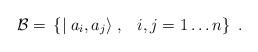
LaTeX: \begin{align*}{\cal B}=\, \left\{ \mid a_i ,a_j \rangle \; , \;\,\,\, i,j =1\ldots n \right\} \; .\end{align*}